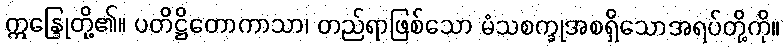
ဣန္ဒြေုတို့၏။ ပတိဋ္ဌိတောကာသာ၊ တည်ရာဖြစ်သော မံသစက္ခုအစရှိသောအရပ်တို့ကို။